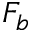
F _ { b }